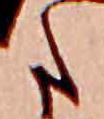
た